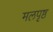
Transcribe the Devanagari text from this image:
मलपृष्ठ